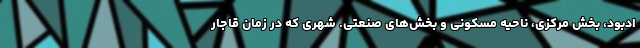
ادبود، بخش مرکزی، ناحیه مسکونی و بخش‌های صنعتی. شهری که در زمان قاجار